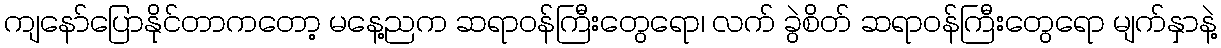
ကျနော်ပြောနိုင်တာကတော့ မနေ့ညက ဆရာဝန်ကြီးတွေရော၊ လက် ခွဲစိတ် ဆရာဝန်ကြီးတွေရော မျက်နှာနဲ့